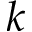
k